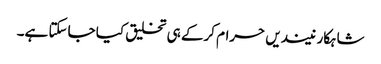
شاہکار نیندیں حرام کرکے ہی تخلیق کیا جاسکتا ہے۔